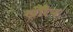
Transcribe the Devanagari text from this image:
खौरैन